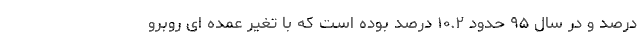
درصد و در سال ۹۵ حدود ۱۰.۲ درصد بوده است که با تغیر عمده ای روبرو